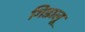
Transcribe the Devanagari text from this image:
गिडालू